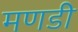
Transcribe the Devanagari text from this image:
मणडी